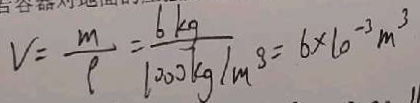
V = \frac { m } { \rho } = \frac { 6 k g } { 1 0 0 0 k g / m ^ { 3 } } = 6 \times 1 0 ^ { - 3 } m ^ { 3 }